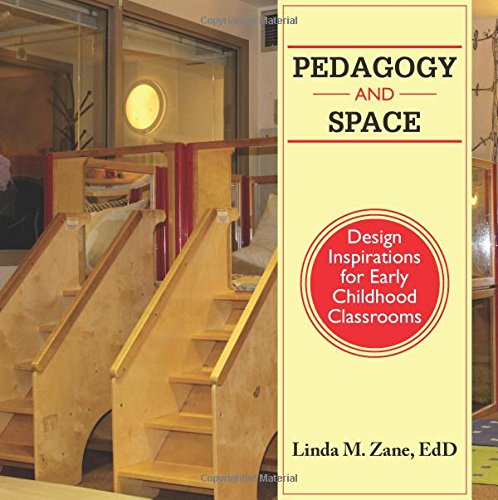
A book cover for Pedagogy and Space: Design Inspirations for Early Childhood Classrooms; Linda Zane; Arts & Photography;